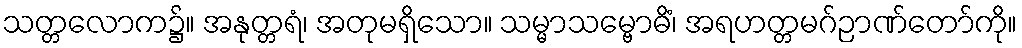
သတ္တလောက၌။ အနုတ္တရံ၊ အတုမရှိသော။ သမ္မာသမ္ဗောဓိံ၊ အရဟတ္တမဂ်ဉာဏ်တော်ကို။